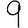
Digit: 9